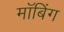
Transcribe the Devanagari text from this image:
मॉबिंग